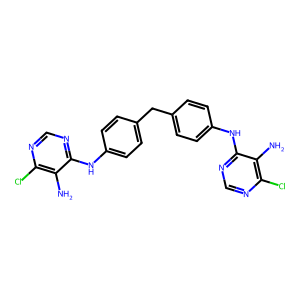
SMILES: Nc1c(Cl)ncnc1Nc1ccc(Cc2ccc(Nc3ncnc(Cl)c3N)cc2)cc1
Inhibits HIV replication: No